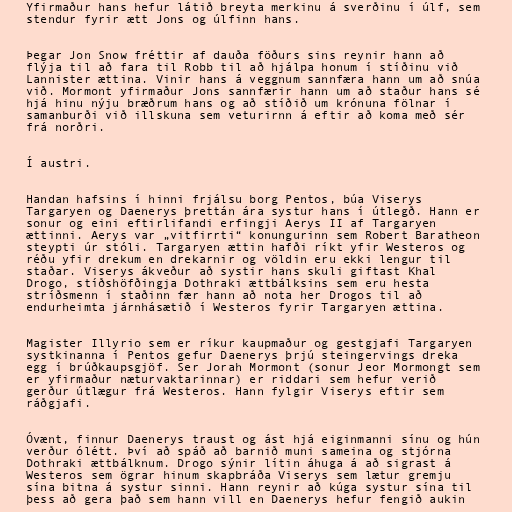
Yfirmaður hans hefur látið breyta merkinu á sverðinu í úlf, sem
stendur fyrir ætt Jons og úlfinn hans.

Þegar Jon Snow fréttir af dauða föðurs sins reynir hann að
flýja til að fara til Robb til að hjálpa honum í stíðinu við
Lannister ættina. Vinir hans á veggnum sannfæra hann um að snúa
við. Mormont yfirmaður Jons sannfærir hann um að staður hans sé
hjá hinu nýju bræðrum hans og að stíðið um krónuna fölnar í
samanburði við illskuna sem veturirnn á eftir að koma með sér
frá norðri.

Í austri.

Handan hafsins í hinni frjálsu borg Pentos, búa Viserys
Targaryen og Daenerys þrettán ára systur hans í útlegð. Hann er
sonur og eini eftirlifandi erfingji Aerys II af Targaryen
ættinni. Aerys var „vitfirrti“ konungurinn sem Robert Baratheon
steypti úr stóli. Targaryen ættin hafði ríkt yfir Westeros og
réðu yfir drekum en drekarnir og völdin eru ekki lengur til
staðar. Viserys ákveður að systir hans skuli giftast Khal
Drogo, stíðshöfðingja Dothraki ættbálksins sem eru hesta
stríðsmenn í staðinn fær hann að nota her Drogos til að
endurheimta járnhásætið í Westeros fyrir Targaryen ættina.

Magister Illyrio sem er ríkur kaupmaður og gestgjafi Targaryen
systkinanna í Pentos gefur Daenerys þrjú steingervings dreka
egg í brúðkaupsgjöf. Ser Jorah Mormont (sonur Jeor Mormongt sem
er yfirmaður næturvaktarinnar) er riddari sem hefur verið
gerður útlægur frá Westeros. Hann fylgir Viserys eftir sem
ráðgjafi.

Óvænt, finnur Daenerys traust og ást hjá eiginmanni sínu og hún
verður ólétt. Því að spáð að barnið muni sameina og stjórna
Dothraki ættbálknum. Drogo sýnir lítin áhuga á að sigrast á
Westeros sem ögrar hinum skapbráða Viserys sem lætur gremju
sína bitna á systur sinni. Hann reynir að kúga systur sína til
þess að gera það sem hann vill en Daenerys hefur fengið aukin